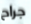
جراح